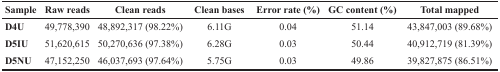
| Sample | Raw reads | Clean reads | Clean bases | Error rate (%) | GC content (%) | Total mapped |
 | --- | --- | --- | --- | --- | --- | --- |
 | D4U | 49,778,390 | 48,892,317 (98.22%) | 6.11G | 0.04 | 51.14 | 43,847,003 (89.68%) |
 | D5IU | 51,620,615 | 50,270,636 (97.38%) | 6.28G | 0.03 | 50.44 | 40,912,719 (81.39%) |
 | D5NU | 47,152,250 | 46,037,693 (97.64%) | 5.75G | 0.03 | 49.86 | 39,827,875 (86.51%) |